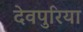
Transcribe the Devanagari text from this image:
देवपुरिया